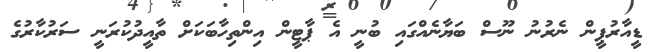
ޑީއާރުޕީން ނެރުނު ނޫސް ބަޔާނެއްގައި ބުނީ އެ ޕާޓީން އިންތިހާބަކަށް ތާއީދުކުރަނީ ސަރުކާރުގެ